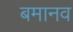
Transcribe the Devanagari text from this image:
बमानव